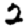
Digit: 2